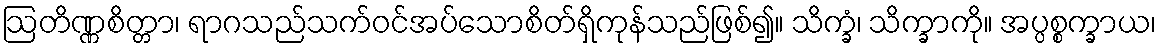
ဩတိဏ္ဏစိတ္တာ၊ ရာဂသည်သက်ဝင်အပ်သောစိတ်ရှိကုန်သည်ဖြစ်၍။ သိက္ခံ၊ သိက္ခာကို။ အပ္ပစ္စက္ခာယ၊